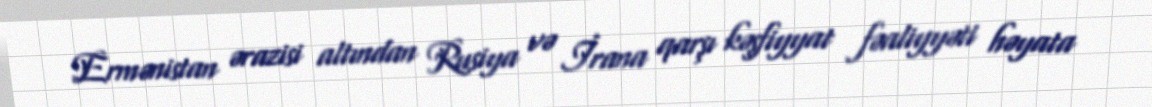
Ermənistan ərazisi altından Rusiya və İrana qarşı kəşfiyyat fəaliyyəti həyata